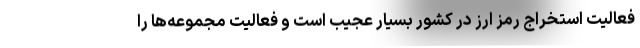
فعالیت استخراج رمز ارز در کشور بسیار عجیب است و فعالیت مجموعه‌ها را